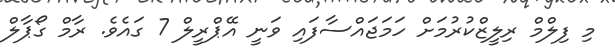
މި ފިލްމް ރިލީޒްކުރުމަށް ހަމަޖައްސާފައި ވަނީ އޭޕްރީލް 7 ގައެވެ. ރާމް ގޯޕާލް